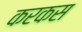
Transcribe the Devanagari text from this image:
करकस